Lunatic asylums in Bengal annual reports 1888-1898 - 1888-1898
Year: 1888
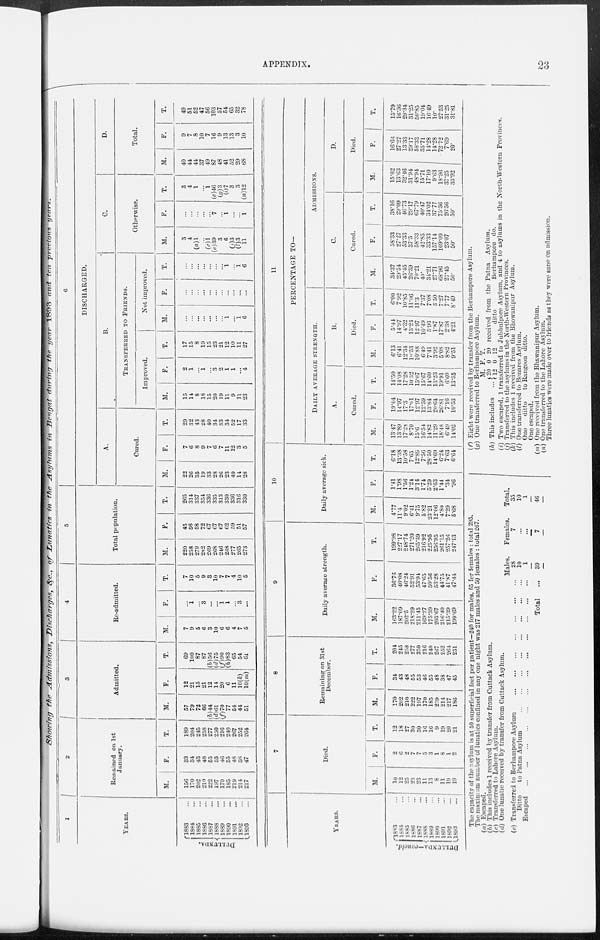
APPENDIX. 23
Showing
the Admissions,
Discharges,
&c., of Lunatics
in the Asylums
in Bengal
during
the year 1893 and ten previous
years.
1
YEARS.
DULLUNDA.
1883 ...
1884
...
1885
...
1886
...
1887
...
1888
...
1889
...
1890
...
1891
...
1892 ...
1893
...
2
Remained on 1st
January.
M.
156
170
202
210
222
197
170
185
219
214
217
F.
33
34
43
48
55
53
46
55
48
38
4 7
T.
189
204
245
258
277
250
216
240
207
252
264
3
Admitted.
M.
57
79
72
66
(b)44
(d)61
(f)70
77
54
44
51
F.
12
21
15
21
12
14
20
6
11
10(k)
10(m)
T.
69
100
87
87
(b)56
(d)75
(f)90
(h)83
65
54
61
4
Re-admitted.
M.
7
9
5
6
3
10
6
6
4
7
5
F.
...
1
...
3
...
...
1
1
...
3
...
T.
7
10
5
9
3
10
7
7
4
10
5
5
Total population.
M.
220
258
279
282
269
268
246
268
277
265
273
F.
45
56
58
72
67
67
67
62
59
51
57
T.
265
314
337
354
336
335
313
330
336
316
330
6
DISCHARGED.
A.
Cured.
M.
22
26
35
19
33
28
26
23
40
14
28
F.
7
6
8
9
7
6
7
11
12
3
5
T.
29
32
43
28
40
34
33
34
52
17
33
B.
TRANSFERRED TO FRIENDS.
Improved.
M.
15
14
8
18
15
20
19
11
9
11
23
F.
2
1
...
1
...
3
2
1
1
...
4
T.
17
15
8
19
15
23
21
12
10
11
27
Not improved.
M.
...
...
...
...
...
...
...
1
...
1
6
F.
...
...
...
...
...
...
...
...
...
...
...
T.
...
...
...
...
...
...
...
1
...
1
6
C.
Otherwise.
M.
3
4
(a)1
...
(c)1
(e)39
3
6
(j)3
(l)3
11
F.
...
...
...
...
...
7
...
1
...
...
1
T.
3
4
1
...
1
(e)46
(g)3
(i)7
3
3
(n)12
D.
Total.
M.
40
44
44
37
49
87
48
41
52
29
68
F.
9
7
8
10
7
16
9
13
13
3
10
T.
49
51
52
47
56
103
57
54
65
32
78
YEARS.
DULLUNDA— concld.
1883 ...
1884 ...
1885 ...
1886 ...
1887 ...
1888 ...
1889 ...
1890 ...
1891
...
1892
...
1893 ...
7
Died.
M.
10
12
25
23
23
11
13
8
11
19
19
F.
2
6
2
7
7
5
3
1
8
1
2
T.
12
18
27
30
30
16
16
9
19
20
21
8
Remaining on 31st
December.
M.
170
202
210
222
197
170
185
219
214
217
186
F.
34
43
48
55
53
46
55
48
38
47
45
T.
204
245
258
277
250
216
240
267
252
264
231
9
Daily average strength.
M.
163.22
187.09
202.5
218.29
211.45
169.27
175.39
203.67
216.40
215.39
199.69
F.
36.76
40.08
46.24
52.91
53.94
47.65
50.56
53.28
44.75
41.87
47.44
T.
199.98
227.17
248.74
271.20
265.39
216.92
225.95
256.95
261.15
257.26
247.13
10
Daily average sick.
M.
4.77
11.4
9.02
6.41
9.75
5.82
23.21
12.06
4.80
7.29
5.68
F.
1.41
1.98
1.56
1.24
3.14
1.74
5.29
2.63
1.44
.34
.96
T.
6.18
13.38
10.58
7.65
12.89
7.56
28.50
14.69
6.24
7.63
6.64
11
PERCENTAGE TO—
DAILY AVERAGE STRENGTH.
A.
Cured.
M.
13.47
13.89
17.28
8.70
15.6
16.54
14.82
11.29
18.48
6.49
14.02
F.
19.04
14.97
17.3
17.01
12.97
12.59
13.84
20.64
26.81
7.16
10.53
T.
14.50
14.08
17.28
10.32
15.07
15.67
14.60
13.23
19.91
6.60
13.35
B.
Died.
M.
6.13
6.41
12.34
l0.53
10.88
6.49
7.41
3.92
5.08
8.82
9.51
F.
5.44
14.97
4.32
13.23
12.97
10.49
5.93
1.87
17.87
2.38
4.21
T.
6.00
7.92
10.85
11.06
11.3
7.37
7.08
3.50
7.27
7.77
8.49
ADMISSIONS.
C.
Cured.
M.
34.37
29.54
45.45
26.39
70.21
40.
34.21
27.71
68.96
27.45
50.
F.
58.33
27.27
53.33
37.5
58.33
42.85
33.33
157.14
109.09
23.07
50.
T.
38.16
29.09
46.73
29.17
67.79
40.47
34.02
37.77
75.36
26.56
50.
D.
Died.
M.
15.62
13.63
32.46
31.94
48.94
15.71
17.10
9.63
18.96
37.25
33.92
F.
16.66
27.27
13.33
29.17
58.33
35.71
14.28
14.28
72.72
7.69
20.
T.
15.79
16.36
29.34
31.25
50.85
19.04
16.49
10.
27.53
31.25
31.81
The capacity of the asylum is at 50 superficial feet per patient—240 for males, 55 fer females : total 295.
The maximum number of lunatics confined in any one night was 217 males and 50 females : total 267.
(a) Escaped.
(b) This includes 1 received by transfer from Cuttack Asylum.
(c) Transferred to Lahore Asylum.
(d) One lunatic received by transfer from Cuttack Asylum.
(e) Transferred to Berhampore Asylum
...
...
...
...
...
...
...
Ditto
to Patna Asylum
...
...
...
...
...
...
...
...
Escaped
...
...
...
...
...
...
...
...
...
...
...
...
Total ...
Males.
28
10
1
39
Females.
7
... ...
7
Total.
35
10
1
46
(f) Eight were received by transfer from the Berhampore Asylum.
(g) One transferred to Berhampore Asylum.
(h) This includes
...
M.
20
12
F.
0
0
T.
20
12
received from the Patna
Asylum.
ditto
Berhampore do.
(i) Two escaped, 1 transferred to Jubbulpore Asylum, and 4 to asylums in the North-Western Provinces.
(j) Transferred to the asylums in the North-Western Provinces.
(k) This includes 1 received from the Bhowanipur Asylum.
(l) One transferred to Benares Asylum.
One
ditto
to Rangoon ditto.
One escaped.
(m) One received from the Bhawanipur Asylum.
(n) One transferred to the Lahore Asylum.
Three lunatics were made over to friends as they were sane on admission.